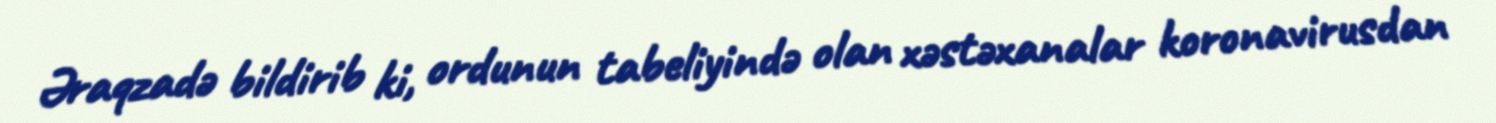
Əraqzadə bildirib ki, ordunun tabeliyində olan xəstəxanalar koronavirusdan